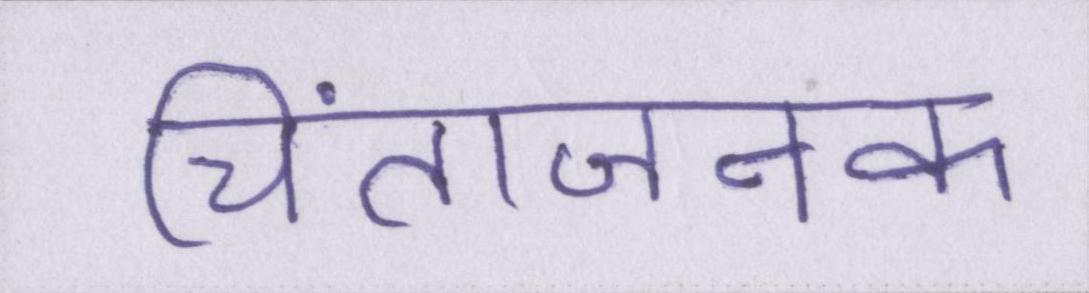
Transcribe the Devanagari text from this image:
चिंताजनक